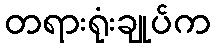
တရားရုံးချုပ်က